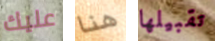
عليك هنا تقبيلها